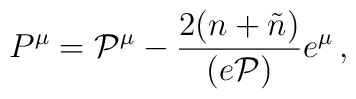
P^{\mu} = {\cal P}^{\mu} - \frac{2(n+\tilde{n})}{(e{\cal P})} e^{\mu} \,,